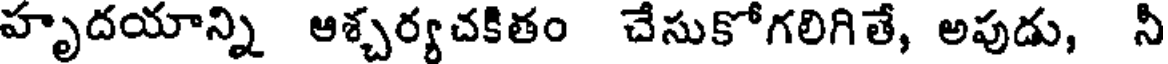
హృదయాన్ని ఆశ్చర్యచకితం చేసుకోగలిగితే, అపుడు, నీ